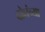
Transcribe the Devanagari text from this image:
दोघंच्या